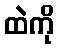
ထဲကို